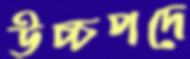
উচ্চপদে